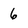
Character: 6